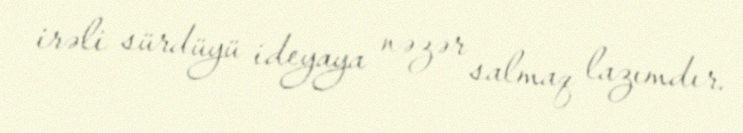
irəli sürdüyü ideyaya nəzər salmaq lazımdır.